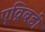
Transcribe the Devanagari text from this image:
एव्रिबडी